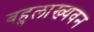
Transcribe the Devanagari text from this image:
बहुलाख्यवन